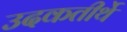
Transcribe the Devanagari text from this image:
उदकतीर्थे